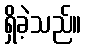
ရှိခဲ့သည်။